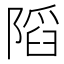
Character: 䧟